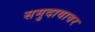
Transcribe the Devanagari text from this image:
समुदायावर